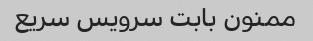
ممنون بابت سرویس سریع